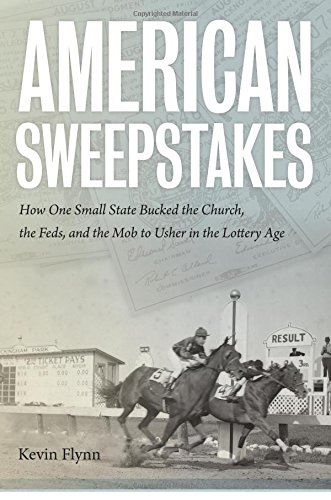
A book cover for American Sweepstakes: How One Small State Bucked the Church, the Feds, and the Mob to Usher in the Lottery Age; Kevin Flynn; Humor & Entertainment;